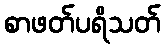
စာဖတ်ပရိသတ်